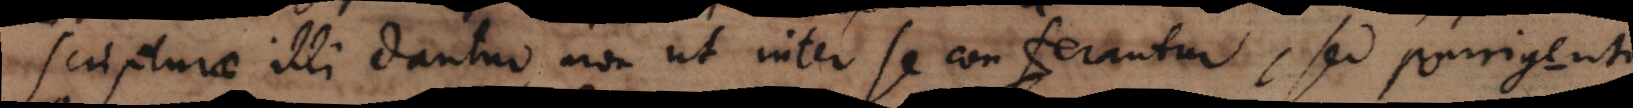
scripturae illi dantur non ut inter se conferantur, sed ut porrigent